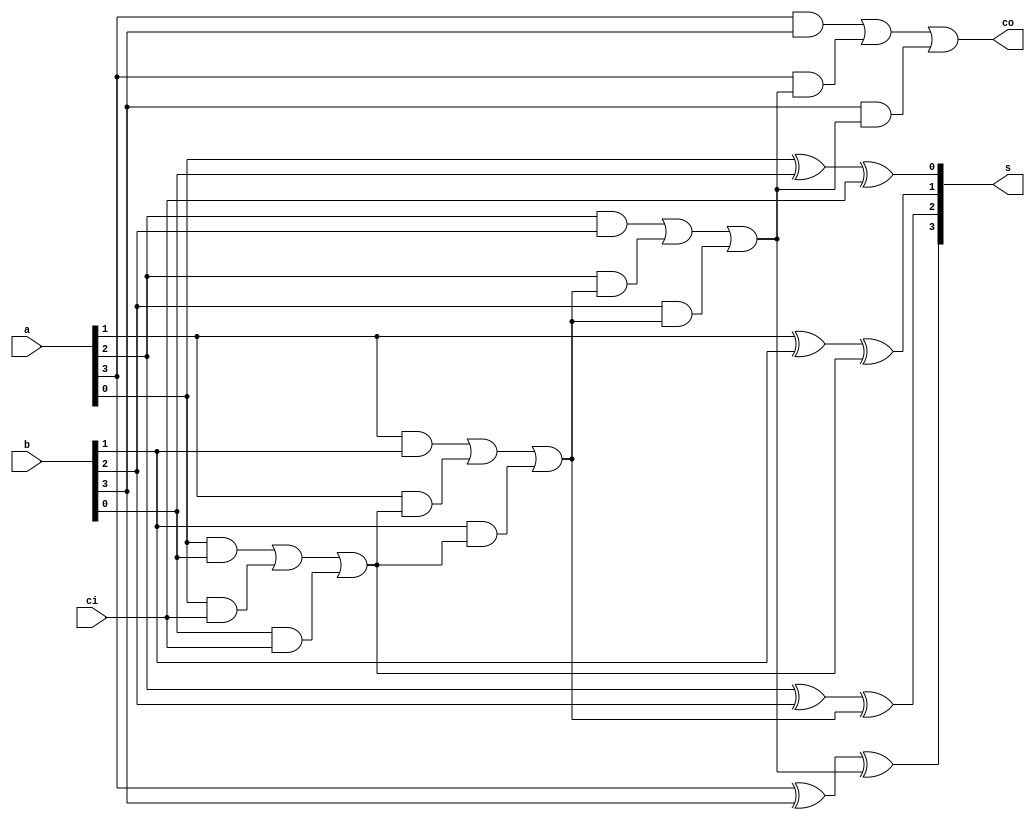
module fulladder_n (
    a,
    b,
    s,
    ci,
    co
);
    parameter n = 4;
    input [n-1:0] a;
    input [n-1:0] b; 
    output [n-1:0] s;
    input ci;
    output co;
    wire co;
    integer i;//
    reg [n-1:0] s;
    reg [n:0] c;//
    assign co=c[n];
    always @(*)
    begin
        c[0]=ci;
        for(i=0;i<=n-1;i=i+1)
        begin
            s[i]=a[i]^b[i]^c[i];
            c[i+1]=a[i] && b[i] || a[i] && c[i] || b[i] && c[i];
        end
    end
endmodule